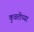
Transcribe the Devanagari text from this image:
कुवतीच्या